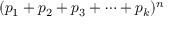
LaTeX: ( p _ { 1 } + p _ { 2 } + p _ { 3 } + \cdots + p _ { k } ) ^ { n }